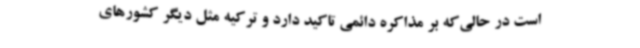
است در حالی‌که بر مذاکره دائمی تاکید دارد و ترکیه مثل دیگر کشورهای